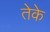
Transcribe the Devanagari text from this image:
तेके